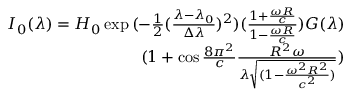
\begin{array} { r } { I _ { 0 } ( \lambda ) = H _ { 0 } \exp { ( - \frac { 1 } { 2 } ( \frac { \lambda - \lambda _ { 0 } } { \Delta \lambda } ) ^ { 2 } ) ( \frac { 1 + \frac { \omega R } { c } } { 1 - \frac { \omega R } { c } } ) } G ( \lambda ) } \\ { ( 1 + \cos { \frac { 8 \pi ^ { 2 } } { c } \frac { R ^ { 2 } \omega } { \lambda \sqrt { ( 1 - \frac { \omega ^ { 2 } R ^ { 2 } } { c ^ { 2 } } ) } } } ) } \end{array}